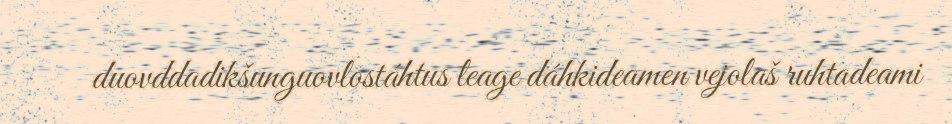
duovddadikšunguovlostáhtus leage dáhkideamen vejolaš ruhtadeami